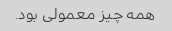
همه چیز معمولی بود.